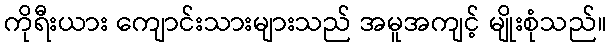
ကိုရီးယား ကျောင်းသားများသည် အမူအကျင့် မျိုးစုံသည်။